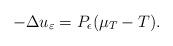
LaTeX: \begin{align*}-\Delta u_{\varepsilon} = P_{\epsilon} (\mu_T - T).\end{align*}